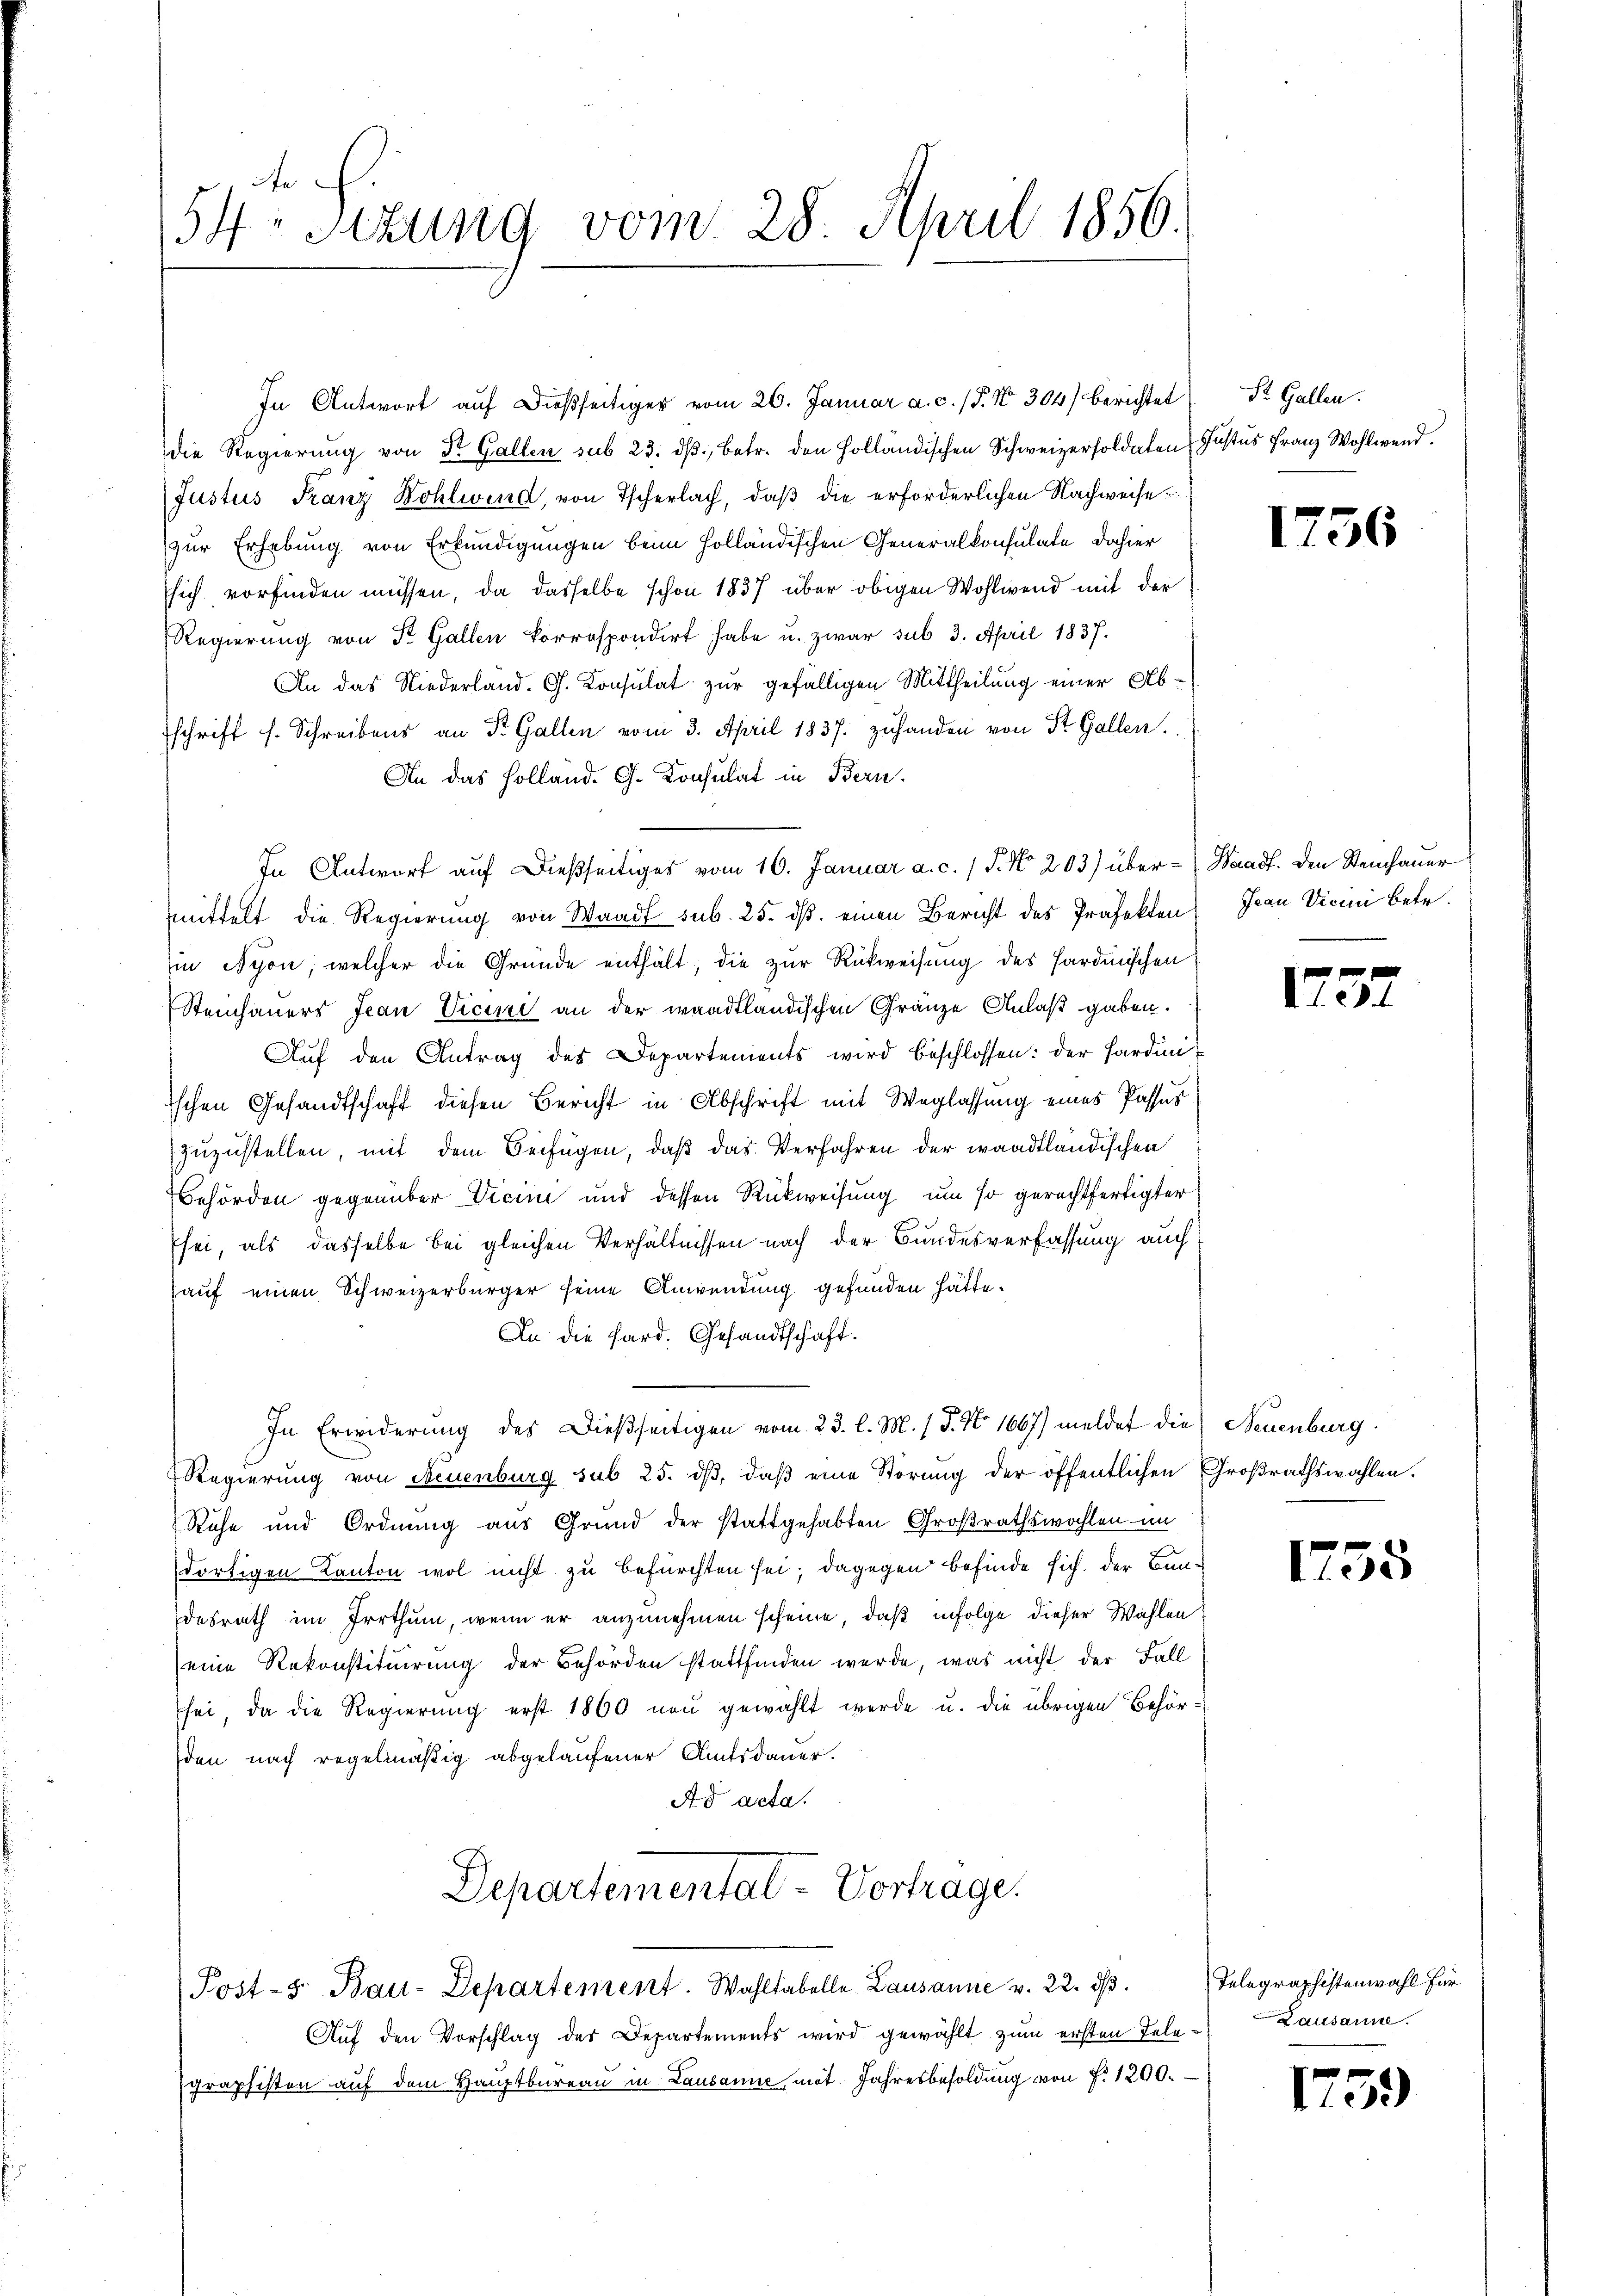
54: Sizung vom 28. April 1856.

In Antwort auf dießseitiges vom 26. Januar a. c. (T. No. 304) berichtet
die Regierŭng von Dr. Gallen sub 23. dβ betr. den Holländischen Schweizersoldaten Justus Franz Wohlwend.
Justus Franz Wohlwend, von Tscherlach, daß die erforderlichen Nachweise
zur Erhebung von Erkundigungen beim Holländischen Generalkonsulate dahier
sich vorfinden müssen, da dasselbe schon 1837 über obigen Wohlwend mit der
Regierŭng von St. Gallen korrespondirt habe u. zwar sub 3. April 1837.
An das Niederland. G. Konsulat zur gefälligen Mittheilung einer Abschrift s. Schreibens an Sr. Gallen vom 3. April 1837. zuhanden von St. Gallen.
An das Holland. G. Konsulat in Bern.
In Antwort auf dießseitiges vom 16. Januar a. c. 1 S. No. 203) über-Waadt. Den Steinhauer
mittelt die Regierung von Waadt sub. 25. ds. einen Bericht des Präfekten
in Nyon, welcher die Gründe enthält, die zur Rückweisung des Hardinischen
Steinhauers Jean Vicini an der waadtländischen Gränze Anlaß gaben.
Auf den Antrag des Departements wird beschlossen: der Fardiniischen Gesandtschaft diesen Bericht in Abschrift mit Weglassung eines Passas
zuzustellen, mit dem Beifügen, daß das Verfahren der waadtländischen
Behörden gegenüber Vice und dessen Rückweisung um so gerechtfertigter
sei, als dasselbe bei gleichen Verhältnissen nach der Bundesverfassung auch
auf einen Schweizerbürger seine Anwendung gefunden hätte.
An die Sard. Gesandtschaft.
In Erwiderung des Dießseitigen vom 23. l. M. (T. No 1667) meldet die Neuenburg
Regierung von Neuenburg sub 25. dβ, daß eine Störung der öffentlichen Großrathswahlen.
Ruhe und Ordnung aus Grund der stattgehabten Großrathswahlen im
dortigen Kanton wol nicht zu befürchten sei; dagegen befinde sich der Bundesrath im Irrthum, wenn er anzunehmen scheine, daß infolge dieser Wahlen
eine Rekonstituirung der Behörden stattfinden werde, was nicht der Fall
sei, da die Regierung erst 1860 neu gewählt werde u. die übrigen Behörden nach regelmäßig abgelaufener Amtsdauer.
Ad acta.
Departemental-Vortrage.
Post- u. Bau-Departement. Wahltabelle Lausanne v. 22. dß.
Auf den Vorschlag des Departements wird gewählt zum ersten Telegraphisten aŭf dem Hauptbureau in Lausanne mit Jahresbesoldŭng von f. 1200.

St. Gallen.

1756

Jean Vicini betr.

175

1755

Telegraphistenwahl für
 Lausanne.

f
153)